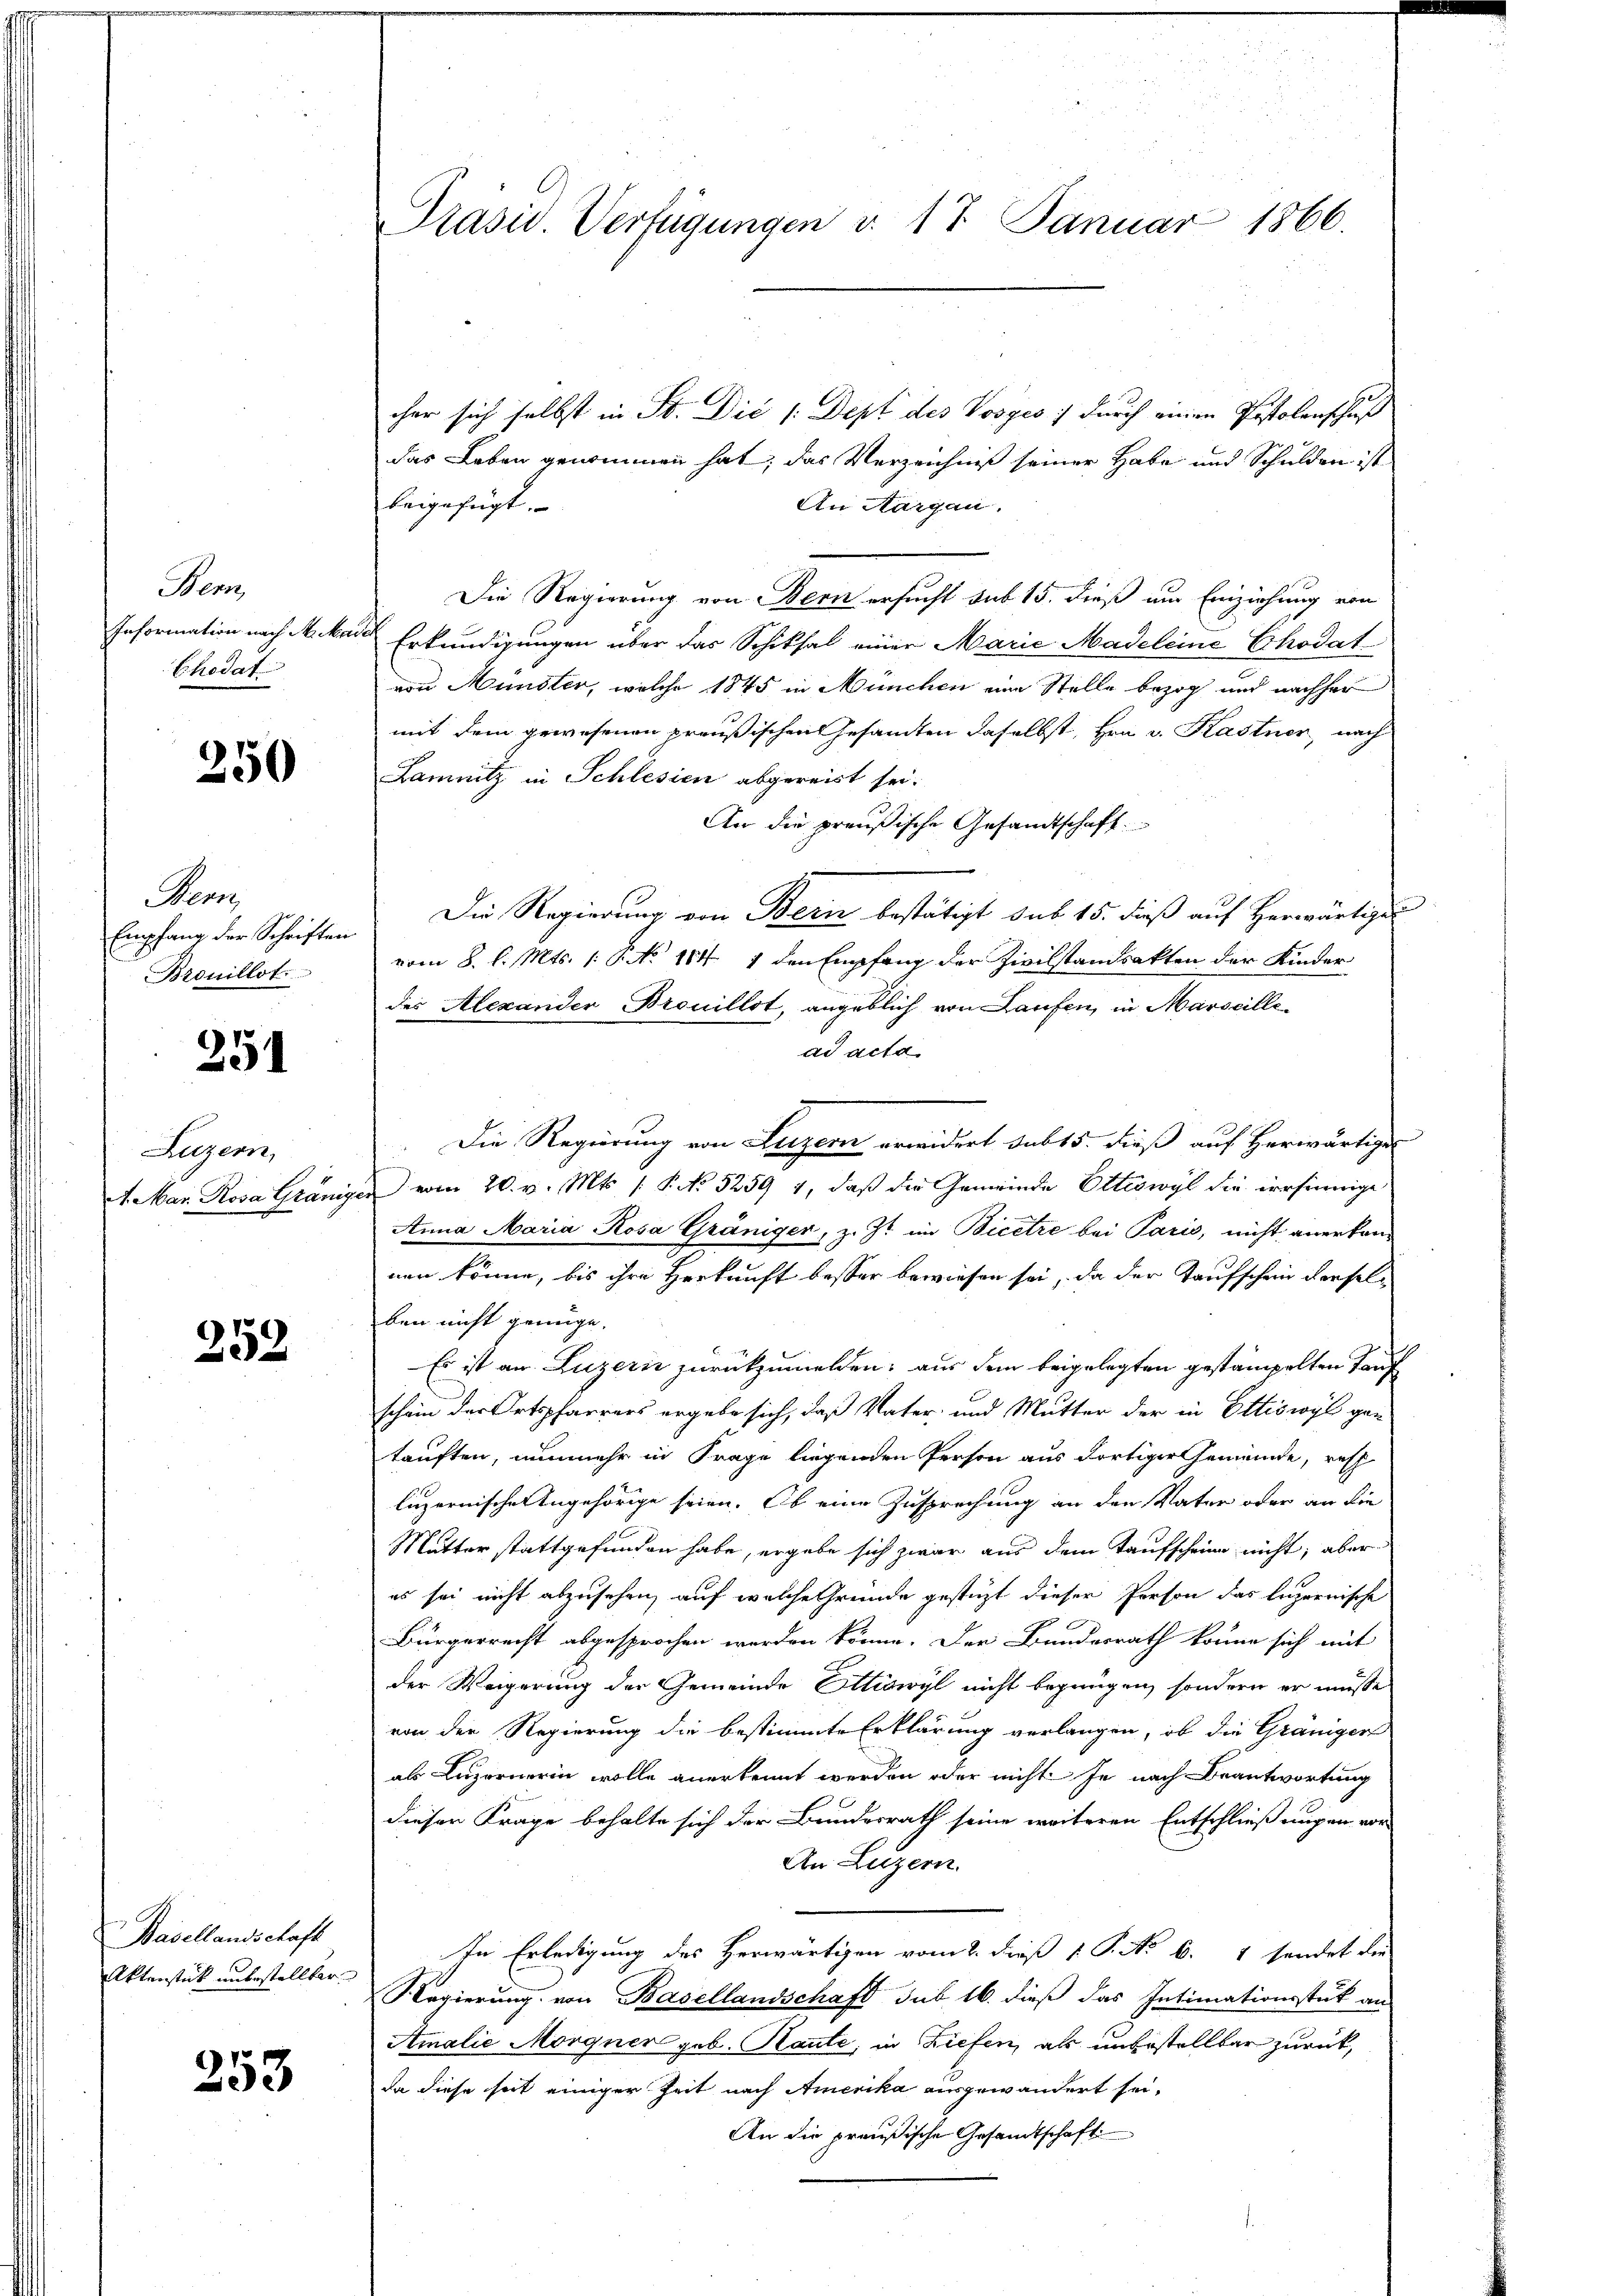
Hen
Information nach M. a
Chodat

250

Wenn
Empfang der Schriften
Brouillot.

251

Luzern,
A. Mar. Rosa Gränig

252

Basellandschaft
Aktenstück unbestellter

253

Präsid. Verfügungen v. 17. Januar 1866.

cher sich selbst in St. Dić /:Dept des Vosges) durch einen Pastolenschuß
das Leben genommen hat; das Verzeichniß seiner Habe und Schulden ist
beigefügt,
An Aargau.
Die Regierung von Bern ersucht sub 15. dieß um Einziehung von
 Erkundigungen über das Schiksal einer Marie Madeleine Echodat
von Mündler, welche 1845 in München eine Stelle bezog und nachher
mit dem gewesenen preußischen Gesamten daselbst, Hrn. v. Kastner, nach
Lamnitz in Schlesien abgereist sei.
An die preußische Gesandtschaft.
Die Regierung von Bern bestätigt sub 15. dieß auf Herwärtige
vom 8. l. Mts. (: P. No 164. 1 den Empfang der Zivilstandsakten der Kinder
des Alexander Brouillst, angeblich von Laufen, in Marseille
ad acta
Die Regierung von Luzern erwidert sub 15. dieß auf Herwärtige
 vom 20. v. Mts. ( P. No 5259 1, daß die Gemeinde Ottiswyl die irrsinnige
Anna Maria Rosa Gräniger, z. Zt. im Bicere bei Paris, nicht anerkan-
nen könne, bis ihre Herkunft besser bewiesen sei, da der Taufschein derselben nicht genüge.
Es ist an Luzern zurückzumelden; aus dem beigelegten gestampelten Tauf
schein der Ortspfarrers ergebe sich, daß Vater- und Mutter der in Ettiswyl gan
tauften, nunmehr in Frage liegenden Person aus dortiger Gemeinde, rest
luzernischen Angehörige seien. Ob eine Zusprechung an den Vater oder an die
Mutter stattgefunden habe, ergebe sich zwar aus dem Taufscheine nicht, aber
es sei nicht abzusehen, auf welche Gründe gestüzt dieser Person das luzernische
Bürgerrecht abgesprochen werden könne. Der Bundesrath könne sich mit
der Weigerung der Gemeinde Ottiswyl nicht begnügen, sondern er müsse
von der Regierung die bestimmte Erklärung verlangen, ob die Gräniger
als Luzernerin wolle anerkennt werden oder nicht Je nach Beantwortung
dieser Frage behalte sich der Bundesrath seine weiteren Entschließ angen vor
An Luzern.
In Erledigung des Herwärtigen vom 2. dieß 1 S. No. 6. 1 sendet die
Regierung von Basellandschaft sub 16. dieß das Intimationsstück an
Amalie Morgner geb. Kaute, in Ziefen, als unbestellbar zurück,
da diese seit einiger Zeit nach Amerika ausgewandert sei,
An die preußische Gesandtschaft